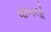
પાબલો